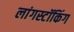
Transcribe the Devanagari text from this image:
लांगस्टॉकिंग